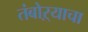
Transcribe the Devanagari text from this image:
तंबोऱ्याचा